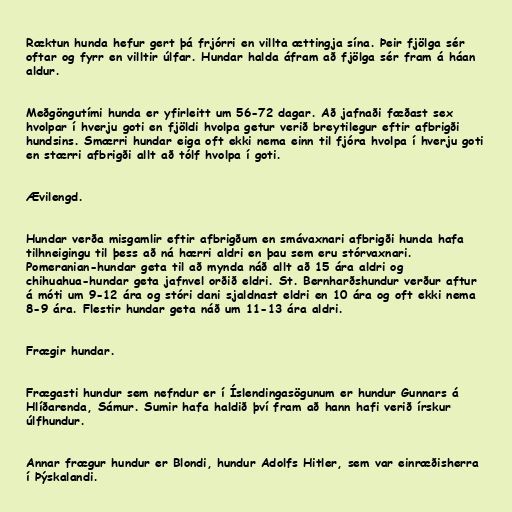
Ræktun hunda hefur gert þá frjórri en villta ættingja sína. Þeir fjölga sér
oftar og fyrr en villtir úlfar. Hundar halda áfram að fjölga sér fram á háan
aldur.

Meðgöngutími hunda er yfirleitt um 56-72 dagar. Að jafnaði fæðast sex
hvolpar í hverju goti en fjöldi hvolpa getur verið breytilegur eftir afbrigði
hundsins. Smærri hundar eiga oft ekki nema einn til fjóra hvolpa í hverju goti
en stærri afbrigði allt að tólf hvolpa í goti.

Ævilengd.

Hundar verða misgamlir eftir afbrigðum en smávaxnari afbrigði hunda hafa
tilhneigingu til þess að ná hærri aldri en þau sem eru stórvaxnari.
Pomeranian-hundar geta til að mynda náð allt að 15 ára aldri og
chihuahua-hundar geta jafnvel orðið eldri. St. Bernharðshundur verður aftur
á móti um 9-12 ára og stóri dani sjaldnast eldri en 10 ára og oft ekki nema
8-9 ára. Flestir hundar geta náð um 11-13 ára aldri.

Frægir hundar.

Frægasti hundur sem nefndur er í Íslendingasögunum er hundur Gunnars á
Hlíðarenda, Sámur. Sumir hafa haldið því fram að hann hafi verið írskur
úlfhundur.

Annar frægur hundur er Blondi, hundur Adolfs Hitler, sem var einræðisherra
í Þýskalandi.